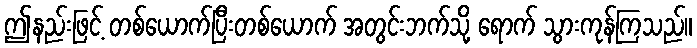
ဤနည်းဖြင့် တစ်ယောက်ပြီးတစ်ယောက် အတွင်းဘက်သို့ ရောက် သွားကုန်ကြသည်။